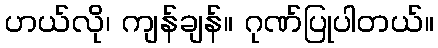
ဟယ်လို၊ ကျန်ချန်။ ဂုဏ်ပြုပါတယ်။